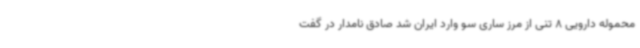
محموله دارویی 8 تنی از مرز ساری سو وارد ایران شد صادق نامدار در گفت